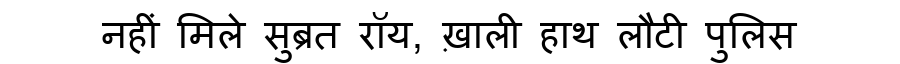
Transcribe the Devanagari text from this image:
नहीं मिले सुब्रत रॉय, ख़ाली हाथ लौटी पुलिस